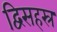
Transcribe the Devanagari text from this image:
द्विसहस्र